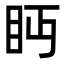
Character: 眄